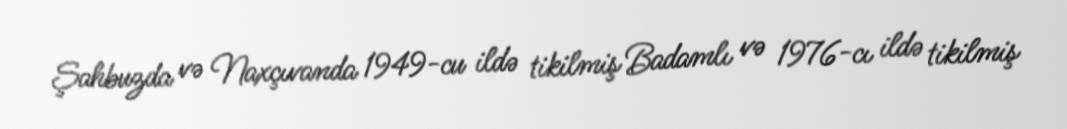
Şahbuzda və Naxçıvanda 1949-cu ildə tikilmiş Badamlı və 1976-cı ildə tikilmiş